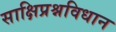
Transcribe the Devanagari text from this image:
साक्षिप्रश्नविधान